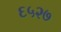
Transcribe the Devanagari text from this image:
६५२७